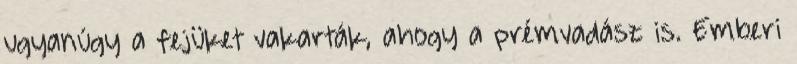
ugyanúgy a fejüket vakarták, ahogy a prémvadász is. Emberi